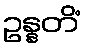
ဥန္နတိံ